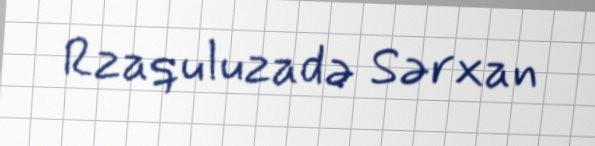
Rzaquluzadə Sərxan